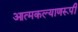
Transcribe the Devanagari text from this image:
आत्मकल्याणरूपी